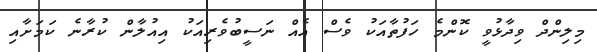
މިލިންދް ވިދާޅުވީ ކޮންމެ ހަފުތާއަކު ވެސް އެއް ނަސީބުވެރިއަކު އިއުލާން ކުރާނެ ކަމަށާއި